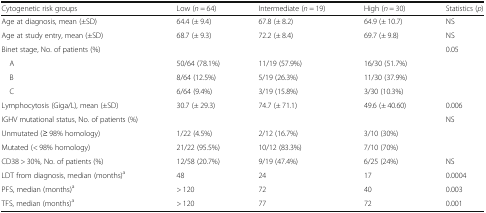
<table><thead><tr><td><b>Cytogenetic risk groups</b></td><td><b>Low (<i>n</i> = 64)</b></td><td><b>Intermediate (<i>n</i> = 19)</b></td><td><b>High (<i>n</i> = 30)</b></td><td><b>Statistics (<i>p</i>)</b></td></tr></thead><tbody><tr><td>Age at diagnosis, mean (±SD)</td><td>64.4 (± 9.4)</td><td>67.8 (± 8.2)</td><td>64.9 (± 10.7)</td><td>NS</td></tr><tr><td>Age at study entry, mean (±SD)</td><td>68.7 (± 9.3)</td><td>72.2 (± 8.4)</td><td>69.7 (± 9.8)</td><td>NS</td></tr><tr><td>Binet stage, No. of patients (%)</td><td></td><td></td><td></td><td>0.05</td></tr><tr><td> A</td><td>50/64 (78.1%)</td><td>11/19 (57.9%)</td><td>16/30 (51.7%)</td><td></td></tr><tr><td> B</td><td>8/64 (12.5%)</td><td>5/19 (26.3%)</td><td>11/30 (37.9%)</td><td></td></tr><tr><td> C</td><td>6/64 (9.4%)</td><td>3/19 (15.8%)</td><td>3/30 (10.3%)</td><td></td></tr><tr><td>Lymphocytosis (Giga/L), mean (±SD)</td><td>30.7 (± 29.3)</td><td>74.7 (± 71.1)</td><td>49.6 (± 40.60)</td><td>0.006</td></tr><tr><td>IGHV mutational status, No. of patients (%)</td><td></td><td></td><td></td><td>NS</td></tr><tr><td>Unmutated (≥ 98% homology)</td><td>1/22 (4.5%)</td><td>2/12 (16.7%)</td><td>3/10 (30%)</td><td></td></tr><tr><td>Mutated (&lt; 98% homology)</td><td>21/22 (95.5%)</td><td>10/12 (83.3%)</td><td>7/10 (70%)</td><td></td></tr><tr><td>CD38 &gt; 30%, No. of patients (%)</td><td>12/58 (20.7%)</td><td>9/19 (47.4%)</td><td>6/25 (24%)</td><td>NS</td></tr><tr><td>LDT from diagnosis, median (months)<sup>a</sup></td><td>48</td><td>24</td><td>17</td><td>0.0004</td></tr><tr><td>PFS, median (months)<sup>a</sup></td><td>&gt; 120</td><td>72</td><td>40</td><td>0.003</td></tr><tr><td>TFS, median (months)<sup>a</sup></td><td>&gt; 120</td><td>77</td><td>72</td><td>0.001</td></tr></tbody></table>